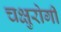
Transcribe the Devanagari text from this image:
चक्षुरोगी